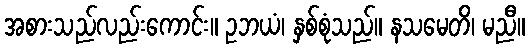
အစားသည်လည်းကောင်း။ ဥဘယံ၊ နှစ်စုံသည်။ နသမေတိ၊ မညီ။